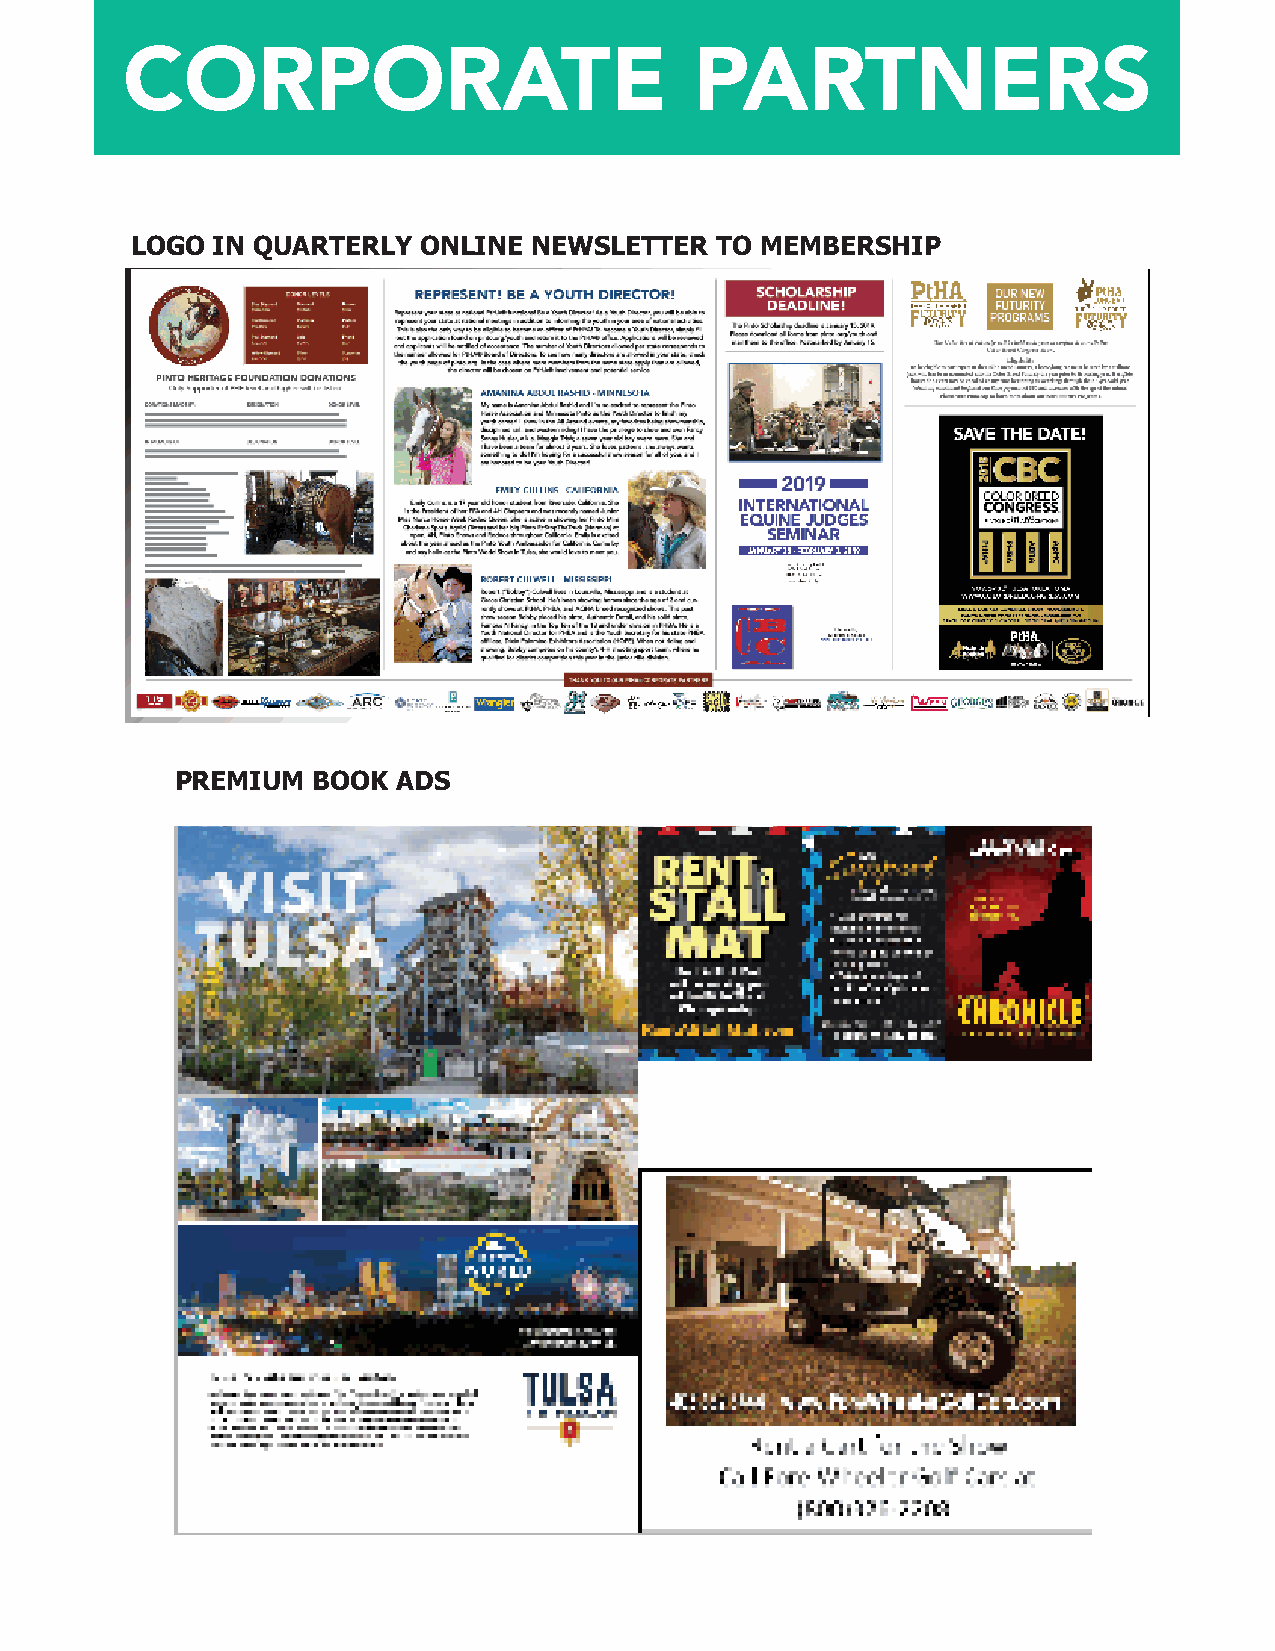
CORPORATE                             PARTNERS
 LOGO IN QUARTERLY  ONLINE NEWSLETTER  TO MEMBERSHIP
 PREMIUM  BOOK ADS